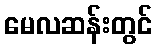
မေလဆန်းတွင်